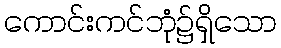
ကောင်းကင်ဘုံ၌ရှိသော